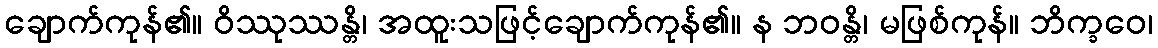
ချောက်ကုန်၏။ ဝိဿုဿန္တိ၊ အထူးသဖြင့်ချောက်ကုန်၏။ န ဘဝန္တိ၊ မဖြစ်ကုန်။ ဘိက္ခဝေ၊